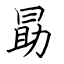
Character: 勗